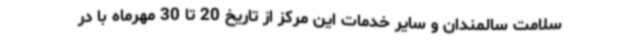
سلامت سالمندان و سایر خدمات این مرکز از تاریخ 20 تا 30 مهرماه با در